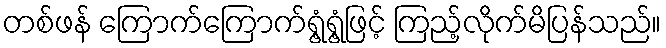
တစ်ဖန် ကြောက်ကြောက်ရွံ့ရွံ့ဖြင့် ကြည့်လိုက်မိပြန်သည်။